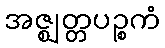
အဇ္ဈတ္တပဉ္စကံ